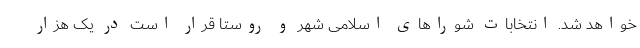
خواهد شد. انتخابات شوراهای اسلامی شهر و روستا قرار است در یک هزار